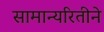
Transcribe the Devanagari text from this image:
सामान्यरितीने